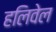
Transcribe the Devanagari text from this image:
हलिवेल